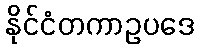
နိုင်ငံတကာဥပဒေ